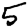
Digit: 5